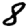
Digit: 8